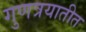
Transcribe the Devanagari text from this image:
गुणत्रयातीत